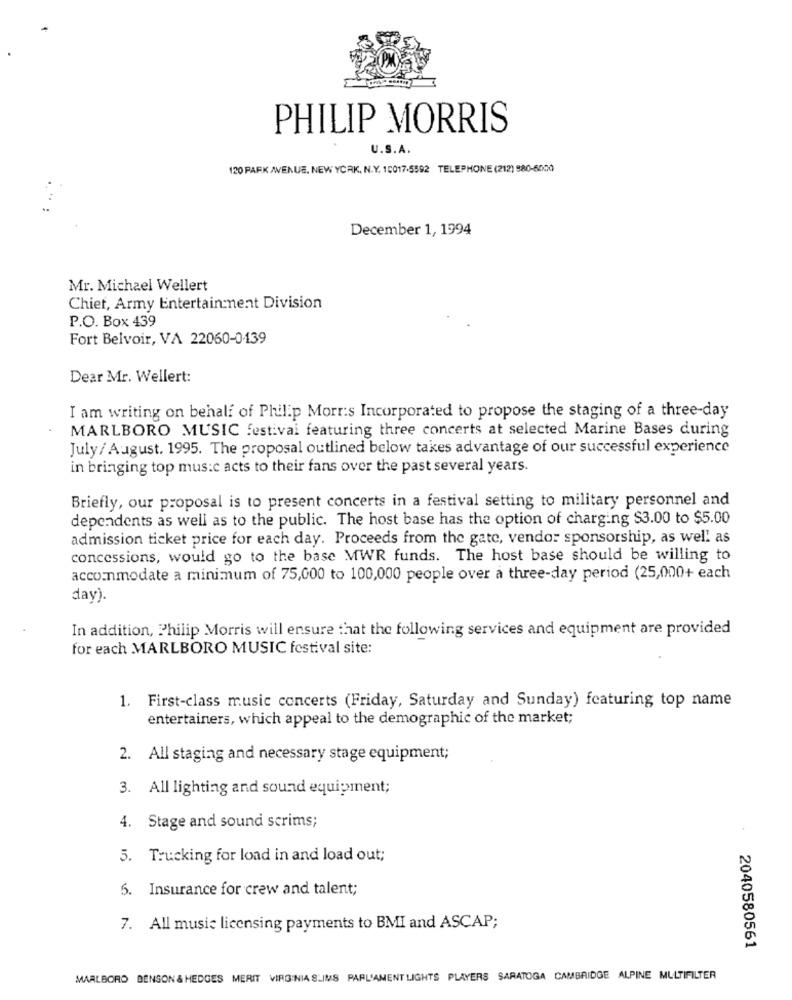
PHILIP MORRIS
U.S.A.
120 PARK AVENUE, NEW YORK, N.Y. 10017-5592 TELEPHONE (212) 980-6000
December 1, 1994
Mr. Michael Wellert
Chief, Army Entertainment Division
P.O. Box 439
Fort Belvoir, VA 22060-0439
Dear Mr. Wellert:
I am writing on behalf of Philip Morris Incorporated to propose the staging of a three-day
MARLBORO MUSIC festival featuring three concerts at selected Marine Bases during
July/ August. 1995. The proposal outlined below takes advantage of our successful experience
in bringing top mus:c acts to their fans over the past several years.
Briefly, our proposal is to present concerts in a festival setting to military personnel and
dependents as well as to the public. The host base has the option of charging $3.00 to $5.00
admission ticket price for each day. Proceeds from the gate, vendor sponsorship, as well as
concessions, would go to the base MWR funds. The host base should be willing to
accommodate a minimum of 75,000 to 100,000 people over a three-day period (25,000+ each
day).
In addition, Philip Morris will ensure that the following services and equipment are provided
for each MARLBORO MUSIC festival site:
1. First-class music concerts (Friday, Saturday and Sunday) featuring top name
entertainers, which appeal to the demographic of the market;
2. All staging and necessary stage equipment;
3. All lighting and sound equipment;
4. Stage and sound scrims;
5. Trucking for load in and load out;
5. Insurance for crew and talent;
7. All music licensing payments to BMI and ASCAP;
2040580561
MARLBORO BENSON & HEDGES MERIT VIRGINIA SLIMS PARLIAMENT LIGHTS PLAYERS SARATOGA CAMBRIDGE ALPINE MULTIFILTER